Taavet_Bergmanni_abiraha_sihtasutus, lk 25
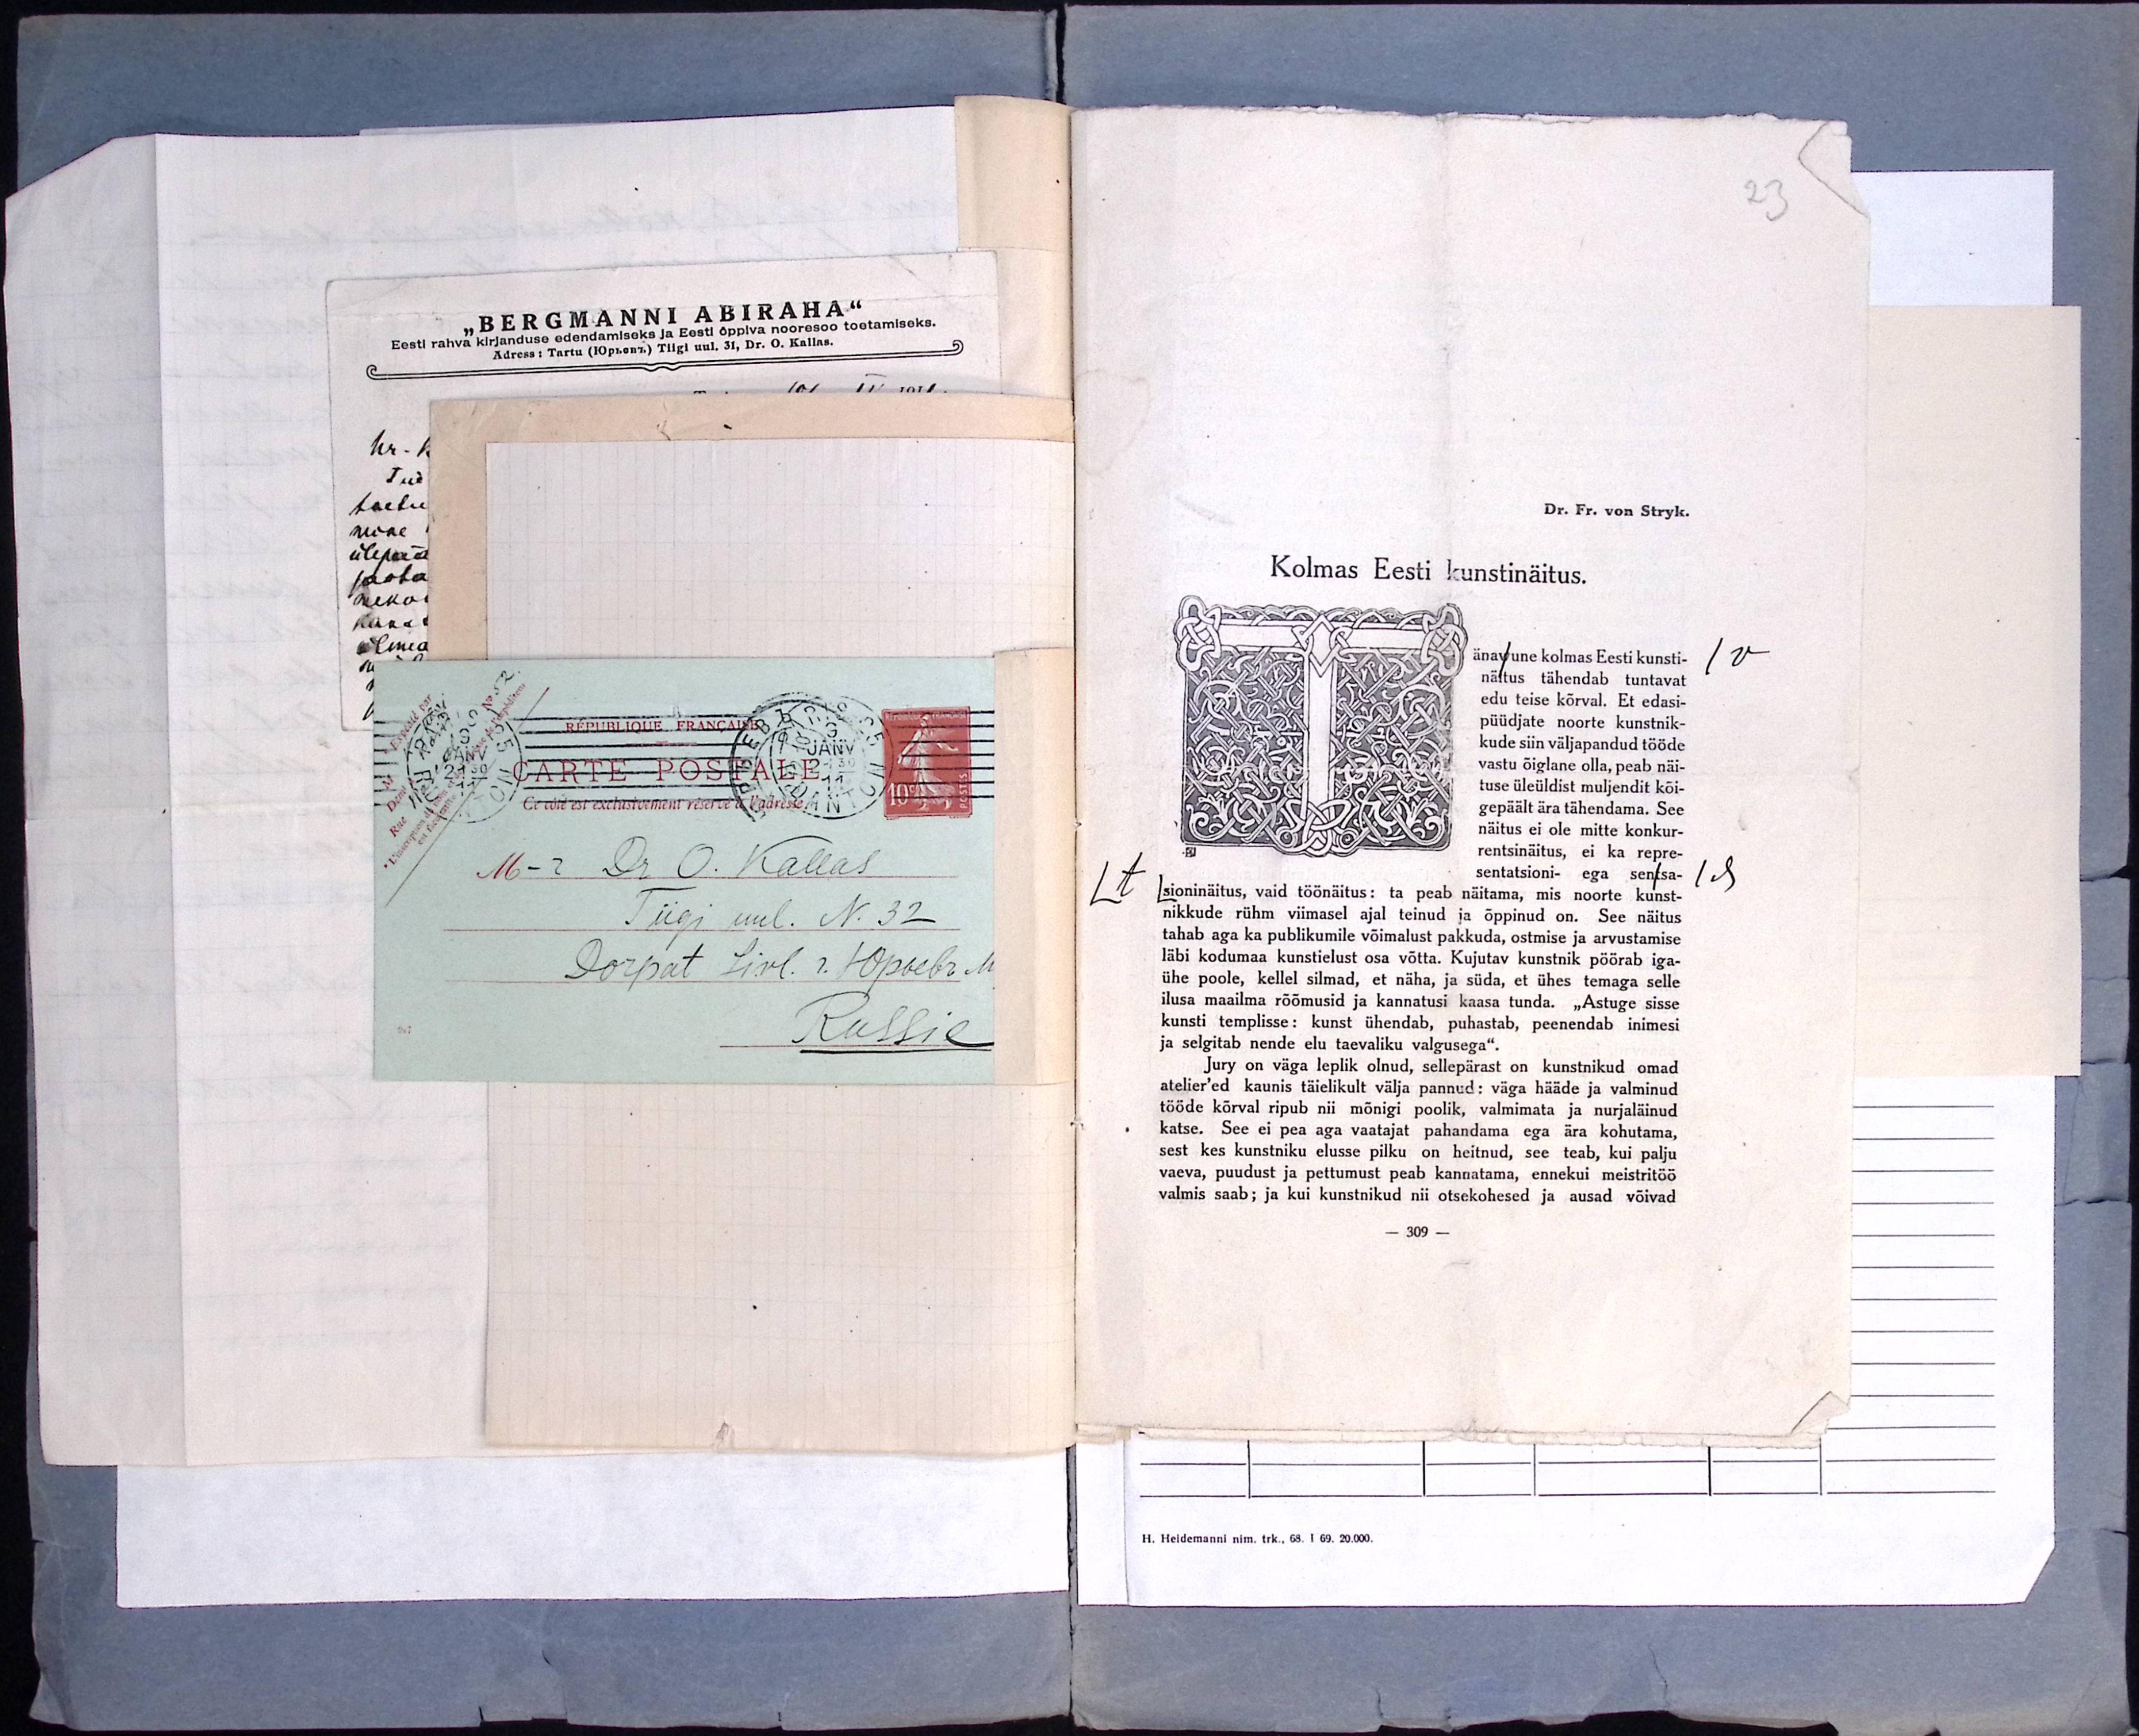
M-r Dr O. Kallas.
Tiigi uul. N. 32
Dorpat Livl. r. Юръевъ M

23
Dr. Fr. von Stryk.
Kolmas Eesti kunstinäitus.
änavune kolmas Eesti kunsti-
/v
näitus tähendab tuntavat
edu teise kõrval. Et edasi-
püüdjate noorte kunstnik-
kude siin väljapandud tööde
vastu õiglane olla, peab näi-
tuse üleüldist muljendit kõi-
gepäält ära tähendama. See
näitus ei ole mitte konkur-
rentsinäitus, ei ka repre-
sentatsioni- ega sentsa-
/s
/t
sioninäitus, vaid töönäitus: ta peab näitama, mis noorte kunst-
nikkude rühm viimasel ajal teinud ja õppinud on. See näitus
tahab aga ka publikumile võimalust pakkuda, ostmise ja arvustamise
läbi kodumaa kunstielust osa võtta. Kujutav kunstnik pöörab iga-
ühe poole, kellel silmad, et näha, ja süda, et ühes temaga selle
ilusa maailma rõõmusid ja kannatusi kaasa tunda. „Astuge sisse
kunsti templisse: kunst ühendab, puhastab, peenendab inimesi
ja selgitab nende elu taevaliku valgusega."
Jury on väga leplik olnud, sellepärast on kunstnikud omad
atelier´ed kaunis täielikult välja pannud: väga hääde ja valminud
tööde kõrval ripub nii mõnigi poolik, valmimata ja nurjaläinud
katse. See ei pea aga vaatajat pahandama ega ära kohutama,
sest kes kunstniku elusse pilku on heitnud, see teab, kui palju
vaeva, puudust ja pettumust peab kannatama, ennekui meistritöö
valmis saab; ja kui kunstnikud nii otsekohesed ja ausad võivad
309